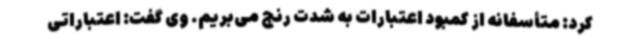
کرد: متأسفانه از کمبود اعتبارات به شدت رنج می‌بریم. وی گفت: اعتباراتی